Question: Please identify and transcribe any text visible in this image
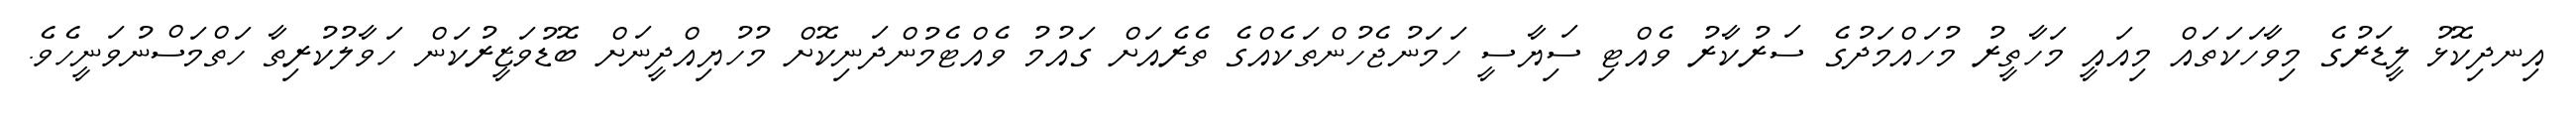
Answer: އިނދިކޮޅު ލީޑަރުގެ މިވާހަކަތައް މިއައީ މަހާތީރު މުހައްމަދުގެ ސަރުކާރު ވެއްޓި ސަިޔާސީ ހަމަނުޖެހުންތަކެއްގެ ތެރެއަށް ގައުމު ވެއްޓެމުންދަނިކޮށް މުހުޔިއްދީނަށް ބޮޑުވަޒީރުކަން ހަވާލުކުރިތާ ހަތްމަސްނުވަނީހެވެ.